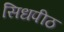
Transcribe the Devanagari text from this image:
सिधपीठ